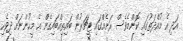
އަދި އެ މުއްދަތުގައި ކޮންމެވެސް ރަށެއްގައި ޓީޗަރުން ބައިތިއްބައިގެން އެ މީހުންނަށް ދިވެހި